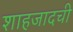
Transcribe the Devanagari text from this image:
शाहजादची